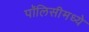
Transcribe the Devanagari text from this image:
पॉलिसीमध्ये